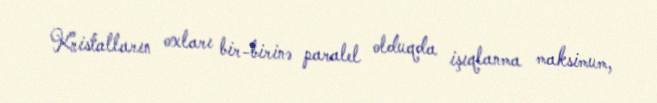
Kristalların oxları bir-birinə paralel olduqda işıqlanma maksimum,